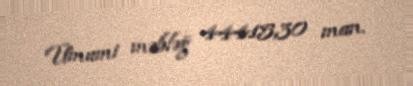
Ümumi məbləğ 44415,30 man.